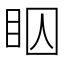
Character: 𬑋